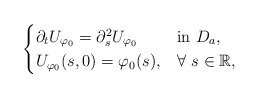
\begin{align*} \begin{cases}\partial_t U_{\varphi_0}=\partial_s^2 U_{\varphi_0} &\mbox{in}~ D_{a},\\U_{\varphi_0}(s,0)=\varphi_0(s), &\forall~s\in\mathbb{R}, \end{cases}\end{align*}